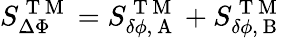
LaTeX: S_{\Delta\Phi}^{\mathrm{~T~M~}}=S_{\delta\phi,\mathrm{~A~}}^{\mathrm{~T~M~}}+S_{\delta\phi,\mathrm{~B~}}^{\mathrm{~T~M~}}